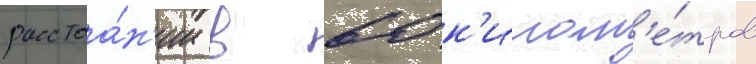
расстоа́н'ии в 60 к'илом'е́тров